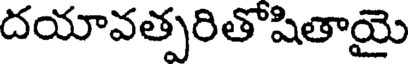
దయావత్పరితోషితాయై